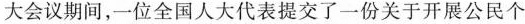
大会议期间，一位全国人大代表提交了一份关于开展公民个